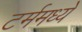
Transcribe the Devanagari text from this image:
टर्ममध्ये